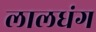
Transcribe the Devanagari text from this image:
लालधंग